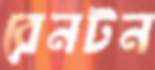
রেনটন